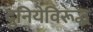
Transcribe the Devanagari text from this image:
दुनियेविरूद्ध